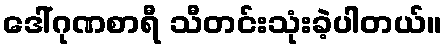
ဒေါ်ဂုဏစာရီ သီတင်းသုံးခဲ့ပါတယ်။